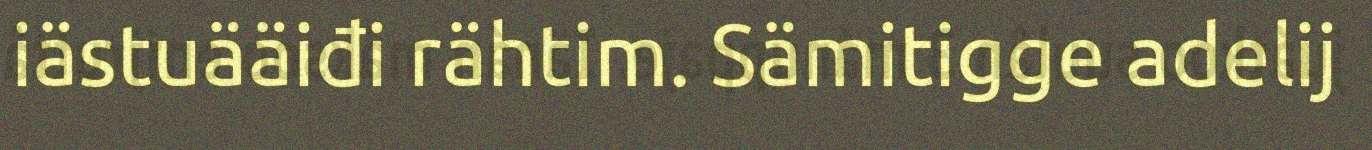
iästuääiđi rähtim. Sämitigge adelij